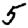
Digit: 5